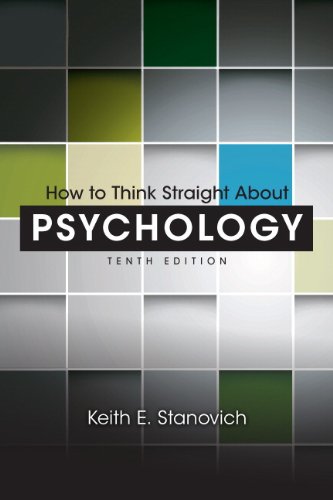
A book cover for How to Think Straight About Psychology (10th Edition); Keith E. Stanovich; Medical Books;